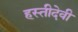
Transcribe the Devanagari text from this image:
हस्तीदेवी